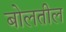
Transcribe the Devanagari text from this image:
बोलतील